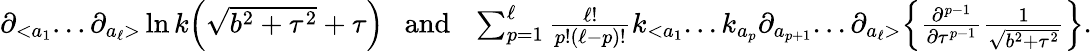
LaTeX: \begin{array}{r}{\partial_{<a_{1}}...\partial_{a_{\ell}>}\ln k\Big({\sqrt{b^{2}+\tau^{2}}+\tau}\Big)~~~\mathrm{and}~~~\sum_{p=1}^{\ell}\frac{\ell!}{p!(\ell-p)!}k_{<a_{1}}...k_{a_{p}}\partial_{a_{p+1}}...\partial_{a_{\ell}>}\Big\{ \frac{\partial^{p-1}}{\partial\tau^{p-1}}\frac{1}{\sqrt{b^{2}+\tau^{2}}}\Big\} .}\end{array}